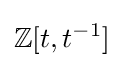
\mathbb {Z} [t,t^{-1}]